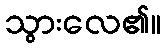
သွားလေ၏။